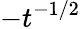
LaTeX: -t^{-1/2}